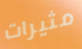
مثيرات